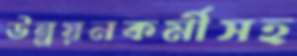
উন্নয়নকর্মীসহ